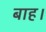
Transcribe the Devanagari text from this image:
बाह।